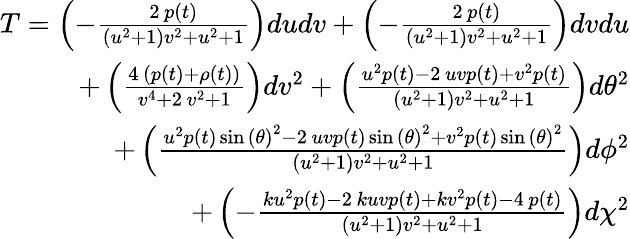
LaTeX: \begin{array}{r}{T=\left(-\frac{2\, p\left(t\right)}{{\left(u^{2}+1\right)}v^{2}+u^{2}+1}\right)dudv+\left(-\frac{2\, p\left(t\right)}{{\left(u^{2}+1\right)}v^{2}+u^{2}+1}\right)dvdu}\\ {+\left(\frac{4\, {\left(p\left(t\right)+\rho\left(t\right)\right)}}{v^{4}+2\, v^{2}+1}\right)dv^{2}+\left(\frac{u^{2}p\left(t\right)-2\, uvp\left(t\right)+v^{2}p\left(t\right)}{{\left(u^{2}+1\right)}v^{2}+u^{2}+1}\right)d\theta^{2}}\\ {+\left(\frac{u^{2}p\left(t\right)\sin\left({\theta}\right)^{2}-2\, uvp\left(t\right)\sin\left({\theta}\right)^{2}+v^{2}p\left(t\right)\sin\left({\theta}\right)^{2}}{{\left(u^{2}+1\right)}v^{2}+u^{2}+1}\right)d\phi^{2}}\\ {+\left(-\frac{ku^{2}p\left(t\right)-2\, kuvp\left(t\right)+kv^{2}p\left(t\right)-4\, p\left(t\right)}{{\left(u^{2}+1\right)}v^{2}+u^{2}+1}\right)d\chi^{2}}\end{array}